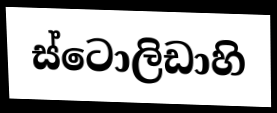
ස්ටොලිඩාහි